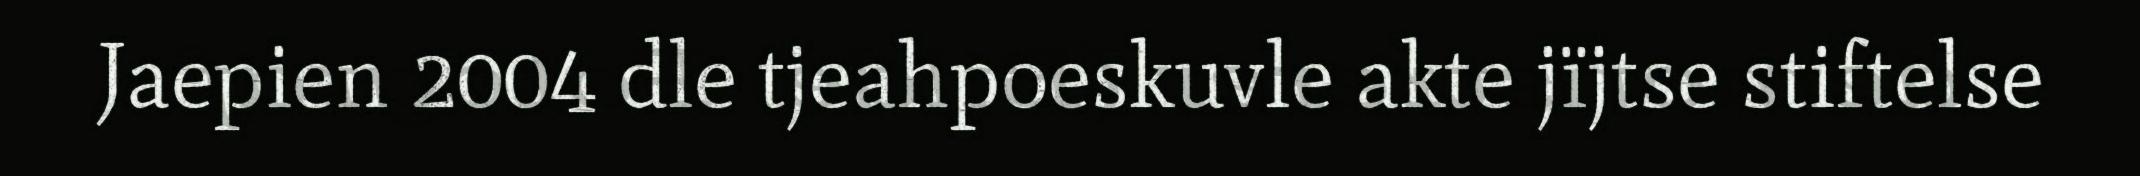
Jaepien 2004 dle tjeahpoeskuvle akte jïjtse stiftelse